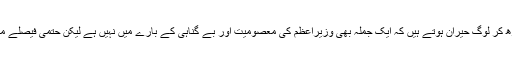
540 صفحات کا فیصلہ پڑھ کر لوگ حیران ہوتے ہیں کہ ایک جملہ بھی وزیراعظم کی معصومیت اور بے گناہی کے بارے میں نہیں ہے لیکن حتمی فیصلے میں وزیراعظم بچ نکلے ہیں۔